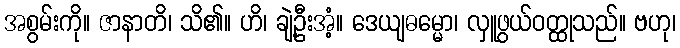
အစွမ်းကို။ ဇာနာတိ၊ သိ၏။ ဟိ၊ ချဲ့ဦးအံ့။ ဒေယျဓမ္မော၊ လှူဖွယ်ဝတ္ထုသည်။ ဗဟု၊